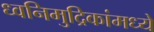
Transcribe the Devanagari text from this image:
ध्वनिमुद्रिकांमध्ये